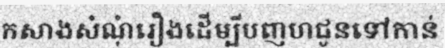
កសាងសំណុំរឿងដើម្បីបញហជូនទៅកាន់